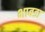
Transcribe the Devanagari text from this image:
भाबडा